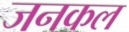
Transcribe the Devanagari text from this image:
जनकल